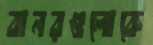
বানরগুলোকে